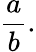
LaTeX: {\frac{a}{b}}.